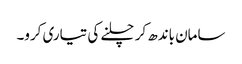
سامان باندھ کر چلنے کی تیاری کرو۔